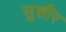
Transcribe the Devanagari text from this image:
सुशीर